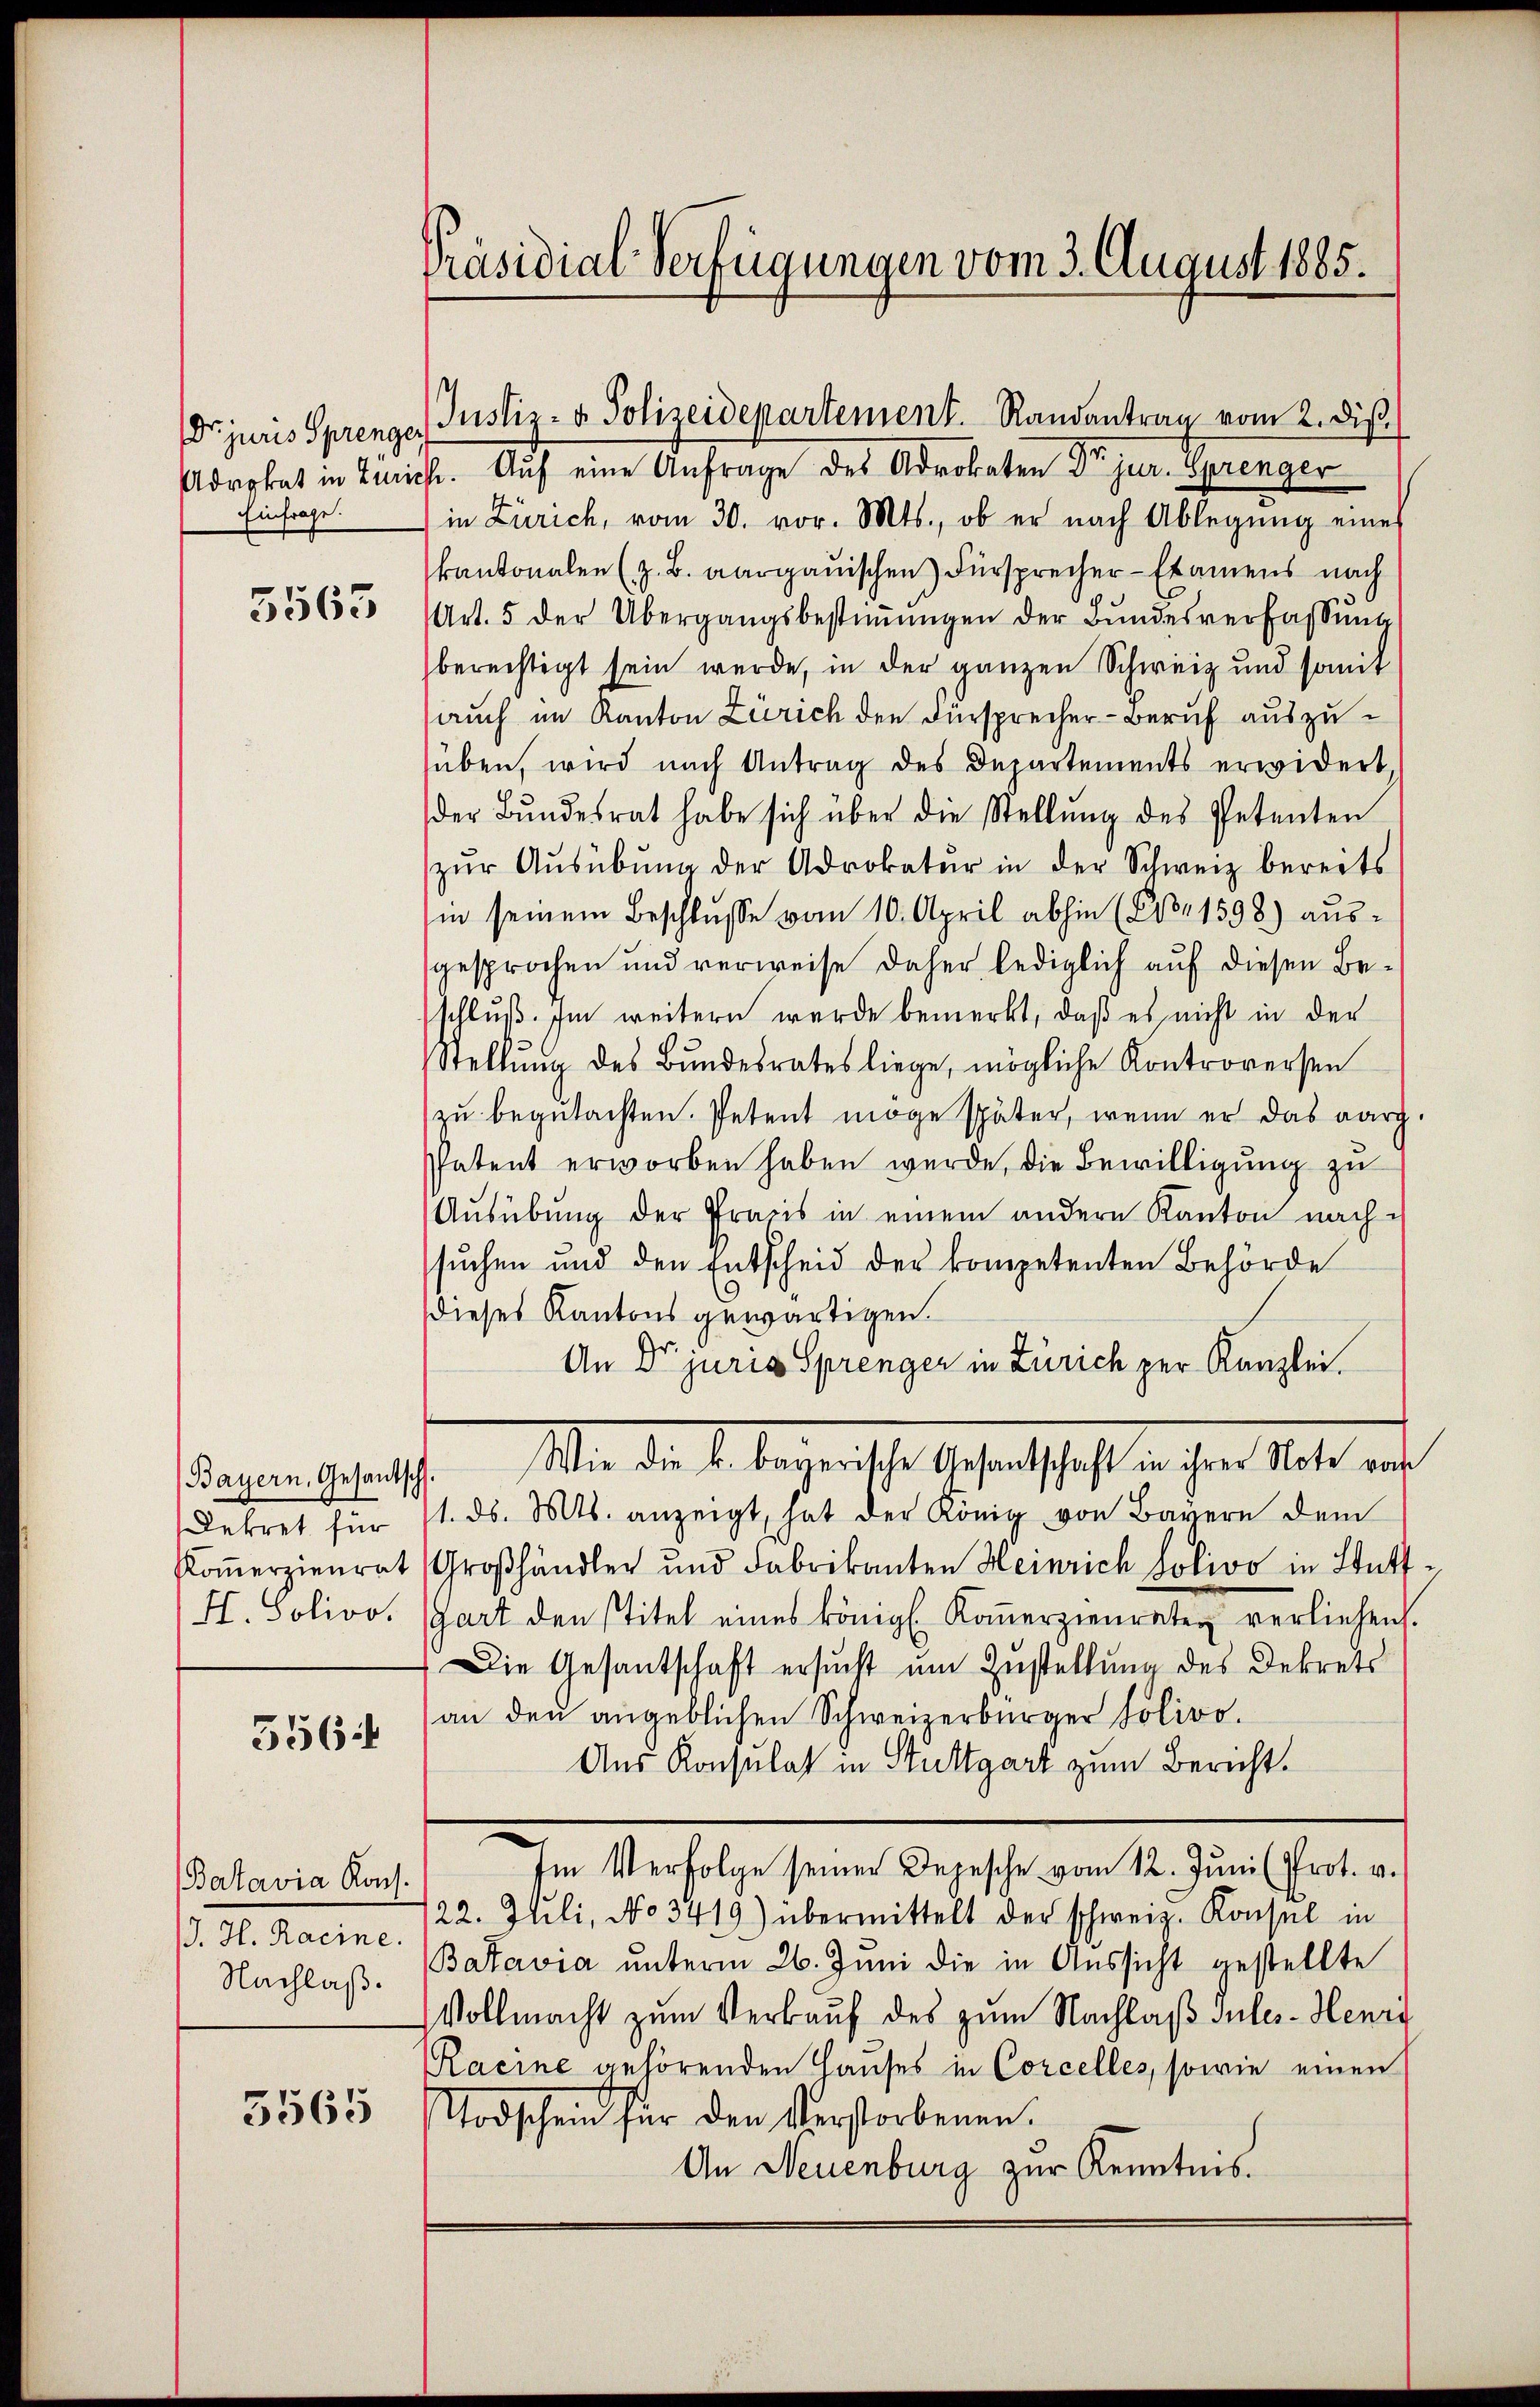
Einfrage.

5565

Dekret für
H. Solivo.

5564

Batavia Kons.
/J. H. Racine.
Nachlaß.

3565

Präsidial-Verfügungen vom 3. August 1885.

Dr. juris Sprenge Justiz- & Polizeidepartement. Randantrag vom 2. diβ

Advokat in Zürich. Aŭf eine Anfrage des Advokaten Dr. jur. Sprenger
in Zürich, vom 30. vor. Mts., ob er nach Ablegŭng eine
kantonalen (z. B. aargauischen) Fürsprecher - Examens nach
Art. 5 der Übergangsbestimmungen der Bundesverfassung
berechtigt sein werde, in der ganzen Schweiz und somit
auch im Kanton Zürich den Fürsprecher-Beruf auszusüben, wird nach Antrag des Departements erwidert,
der Bŭndesrat habe sich über die Stellŭng des Petenten
zŭr Aŭsübŭng der Adrokatŭr in der Schweiz bereits
in seinem Beschlŭsse vom 10. April abhin (208. 1598) aus-
gesprochen und verweise daher lediglich auf diesen Beschluß. Im weitern wurde bemerkt, daß es nicht in der
Stellŭng des Bŭndesrates liege, mögliche Kontroversen
zu begutachten. Petent möge später, wenn er das aarg.
Patent erworben haben wurde, die Bewilligung zu
Ausübung der Praxis in einem andern Kanton nachsuchen und den Entscheid der kompetenten Behörde
dieses Kantons gewärtigen.
An Dr juris Sprenger in Zürich zur Kanzlei.
dahin ehelfen. Wie die L. Bergerichte sehenthalt diesen Seite and
1. ds. Mts. anzeigt, hat der König von Bayern dem
Kom̅erzienrat Großhändler und Fabrikanten Heinrich Solivo in Stattgart den stitel eines königl. Koṁerzienraten verliehen.
Die Gesantschaft ersucht um Zustellung des Dekrets
an den angeblichen Schweizerbürger Solivo.
Aus Konsulat in Stuttgart zum Bericht.
Im Verfolge seiner Depesche vom 12. Juni (Prot. v.
122. Juli, No 3419) übermittelt der schweiz. Konsul in
Batavia unterm 26. Juni die in Aussicht gestellte
Vollmacht zum Verkauf des zum Nachlaß Sules-Henry
Racine gehörenden Hauses in Corcelles, sowie einen
Todschein für den Verstorbenen.
An Neuenburg zur Kenntnis.